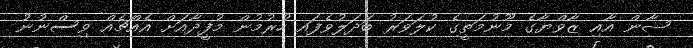
ޝާން އާއި ޒާވްޔާގެ މޫނުމަތީގެ ކުލަވަރު ބަދަލުވެފައި ހުރުމުން މުފީދާއަށް އެއްޗެއް ވިސްނުނު